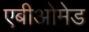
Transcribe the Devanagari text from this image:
एबीओमेड